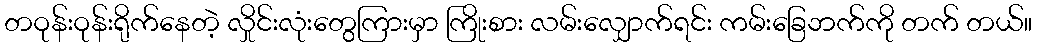
တဝုန်းဝုန်းရိုက်နေတဲ့ လှိုင်းလုံးတွေကြားမှာ ကြိုးစား လမ်းလျှောက်ရင်း ကမ်းခြေဘက်ကို တက် တယ်။